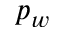
p _ { w }